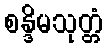
စန္ဒိမသုတ္တံ